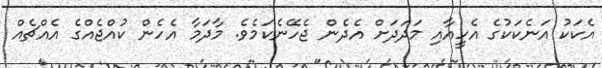
އެކަކު އަނެކަކުގެ އެހީއާއި މަދަދަށް އެދެން ޖެހޭނެކަމެވެ. މާދަމާ އެހެން ކުއްޖެއްގެ އެއްޗެއް